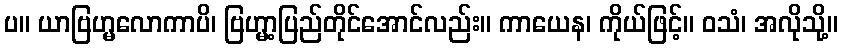
ပ။ ယာဗြဟ္မလောကာပိ၊ ဗြဟ္မာ့ပြည်တိုင်အောင်လည်း။ ကာယေန၊ ကိုယ်ဖြင့်။ ဝသံ၊ အလိုသို့။